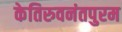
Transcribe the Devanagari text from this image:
केतिरुवनंतपुरम